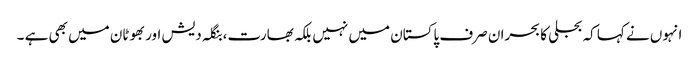
انہوں نے کہا کہ بجلی کا بحران صرف پاکستان میں نہیں بلکہ بھارت،بنگلہ دیش اور بھوٹان میں بھی ہے ۔